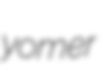
yomer